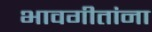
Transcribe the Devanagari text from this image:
भावगीतांना